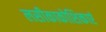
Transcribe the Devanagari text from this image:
लसीकाकोशिकाएं